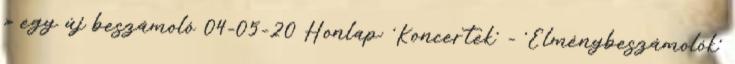
» egy új beszámoló 04-05-20 Honlap: 'Koncertek' - 'Élménybeszámolók'